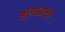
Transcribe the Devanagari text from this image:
इलारानी